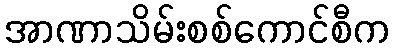
အာဏာသိမ်းစစ်ကောင်စီက